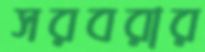
সরবরার